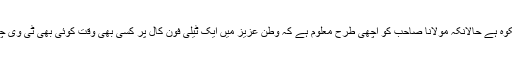
الیکٹرونک اور پرنٹ میڈیا سے صرف مولانا فضل الرحمٰن کو نہیں اور لوگوں کو بھی شکوہ ہے حالانکہ مولانا صاحب کو اچھی طرح معلوم ہے کہ وطن عزیز میں ایک ٹیلی فون کال پر کسی بھی وقت کوئی بھی ٹی وی چینل بند کرا دیا جاتا ہے اور اسی لیے ’’نکّے دا ابا‘‘ شہرت کی بلندیوں کو چھونے لگا ہے۔